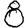
Digit: 8